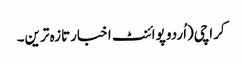
کراچی(اُردو پوائنٹ اخبارتازہ ترین۔